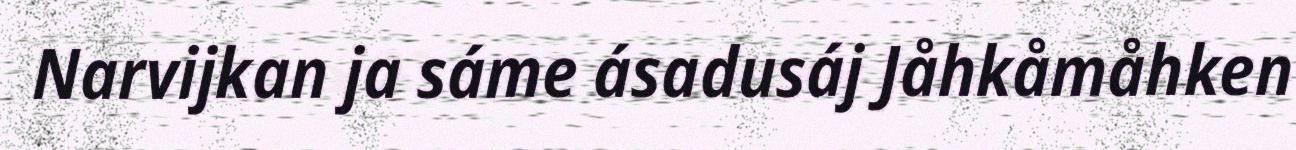
Narvijkan ja sáme ásadusáj Jåhkåmåhken